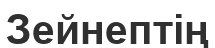
Зейнептің